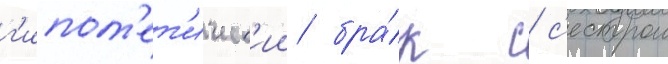
г'ипот'ет'ическ'ии бра́к с с'естрои